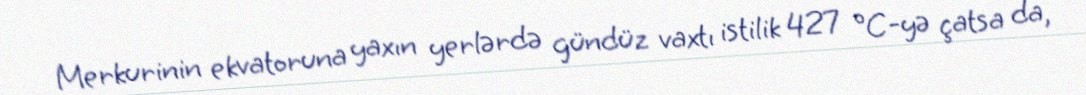
Merkurinin ekvatoruna yaxın yerlərdə gündüz vaxtı istilik 427 °C-yə çatsa da,